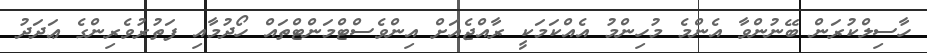
ހާސިލްކުރަން ބޭނުންވާ އެންމެ މުހިންމު އެއްކަމަކީ ރާއްޖެއަށް އިންވެސްޓްމަންޓްތައް ހޯދުމާއި ފަތުރުވެރިންގެ ޢަދަދު